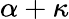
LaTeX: \alpha+\kappa